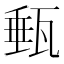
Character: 甀